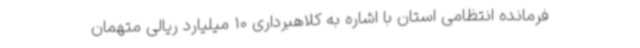
فرمانده انتظامی استان با اشاره به کلاهبرداری 10 میلیارد ریالی متهمان